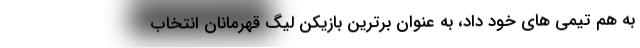
به هم تیمی های خود داد، به عنوان برترین بازیکن لیگ قهرمانان انتخاب